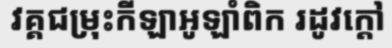
វគ្គជម្រុះកីឡាអូឡាំពិក រដូវក្តៅ